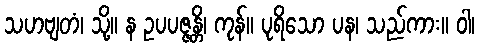
သဟဗျတံ၊ သို့။ န ဥပပဇ္ဇန္တိ၊ ကုန်။ ပုရိသော ပန၊ သည်ကား။ ဝါ၊